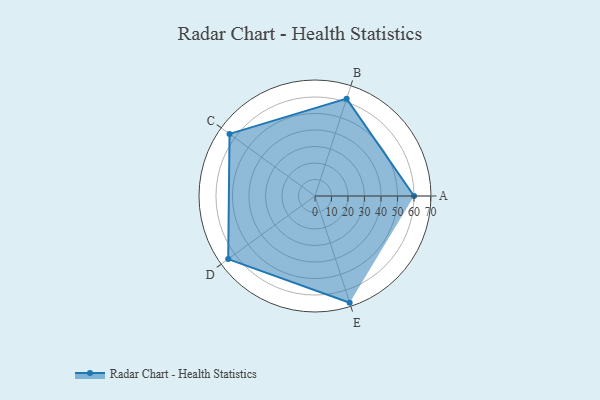
{"axis": {"x": "Skill", "y": "Score"}, "legend": ["Profile"], "data": [{"x": "A", "y": 60.0, "type": "Profile"}, {"x": "B", "y": 62.0, "type": "Profile"}, {"x": "C", "y": 64.0, "type": "Profile"}, {"x": "D", "y": 65.0, "type": "Profile"}, {"x": "E", "y": 68.0, "type": "Profile"}]}